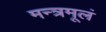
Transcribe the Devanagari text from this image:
मन्त्रमूलं